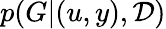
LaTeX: p(G|(u,y),\mathcal{D})